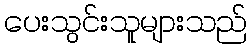
ပေးသွင်းသူများသည်